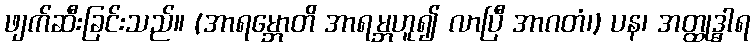
ဖျက်ဆီးခြင်းသည်။ (အာရမ္ဘောတိ အာရမ္ဘဟူ၍ လာပြီ အာဂတံ၊) ပန၊ အတ္ထုဒ္ဓါရ